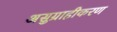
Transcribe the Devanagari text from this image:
असुग्राहीकरण